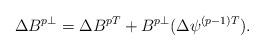
LaTeX: \begin{align*}\Delta B^{p\perp}=\Delta B^{pT}+B^{p\perp}(\Delta \psi^{(p-1)T}).\end{align*}